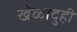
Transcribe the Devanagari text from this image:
खेळादुही